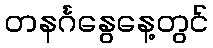
တနင်္ဂနွေနေ့တွင်